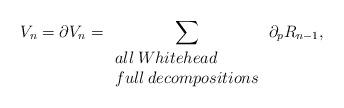
LaTeX: \begin{align*}V_{n}=\partial V_{n} =\sum _{\begin{array}{ll} all \: Whitehead \\ full\:decompositions \end{array}} \partial _{p} R_{n-1} , \end{align*}